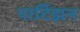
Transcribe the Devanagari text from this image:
पार्टिझन